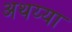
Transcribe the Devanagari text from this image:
अथय्या